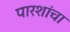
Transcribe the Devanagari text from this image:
पारशांचा